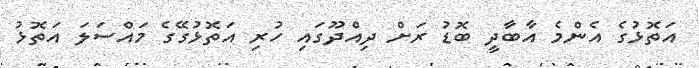
އަތޮޅުގެ އެންމެ އާބާދީ ބޮޑު ރަށް ދިއްދޫގައި ހުރި އަތޮޅުގޭގެ މައްސަލަ އަތޮޅު